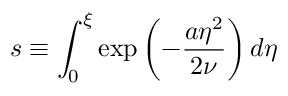
s \equiv \int _ { 0 } ^ { \xi } \exp \left( - \frac { a \eta ^ { 2 } } { 2 \nu } \right) d \eta